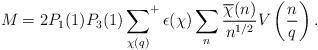
LaTeX: \begin{align*}M_{} &= 2P_1(1) P_3(1) \sideset{}{^+}\sum_{\chi(q)} \epsilon(\chi) \sum_n \frac{\overline{\chi}(n)}{n^{1/2}} V \left( \frac{n}{q}\right).\end{align*}